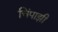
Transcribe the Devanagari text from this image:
चिंपाझी